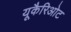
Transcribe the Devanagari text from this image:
यूकैरिओट